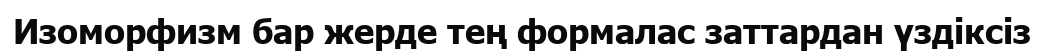
Изоморфизм бар жерде тең формалас заттардан үздіксіз